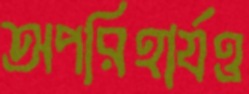
অপরিহার্যও